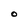
Character: O